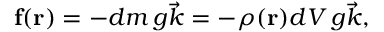
\mathbf { f } ( \mathbf { r } ) = - d m \, g { \vec { k } } = - \rho ( \mathbf { r } ) d V \, g { \vec { k } } ,